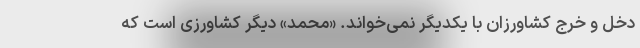
دخل و خرج کشاورزان با یکدیگر نمی‌خواند. «محمد» دیگر کشاورزی است که